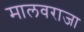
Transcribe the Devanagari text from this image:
मालवराजा